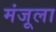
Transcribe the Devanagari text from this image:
मंजूला